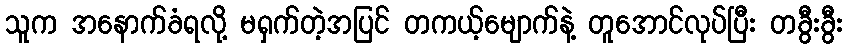
သူက အနောက်ခံရလို့ မရှက်တဲ့အပြင် တကယ့်မျောက်နဲ့ တူအောင်လုပ်ပြီး တခွီးခွီး